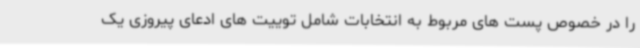
را در خصوص پست های مربوط به انتخابات شامل توییت های ادعای پیروزی یک